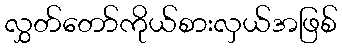
လွှတ်တော်ကိုယ်စားလှယ်အဖြစ်